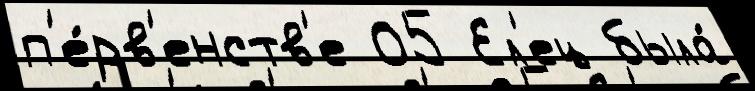
п'е́рв'енств'е 05 Ел'ец была́